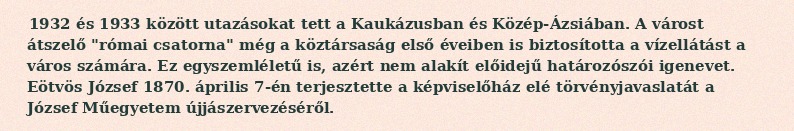
1932 és 1933 között utazásokat tett a Kaukázusban és Közép-Ázsiában. A várost átszelő "római csatorna" még a köztársaság első éveiben is biztosította a vízellátást a város számára. Ez egyszemléletű is, azért nem alakít előidejű határozószói igenevet. Eötvös József 1870. április 7-én terjesztette a képviselőház elé törvényjavaslatát a József Műegyetem újjászervezéséről.